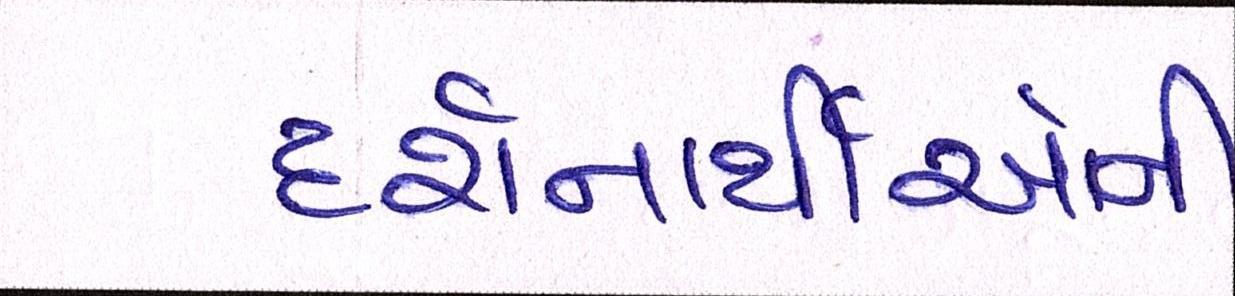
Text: દર્શનાર્થીઓની